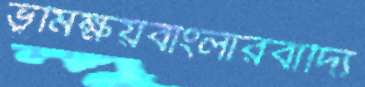
ভূমিক্ষয়বাংলারবাদ্যি